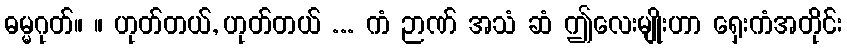
ဓမ္မဂုတ်။ ။ ဟုတ်တယ်, ဟုတ်တယ် ... ကံ ဉာဏ် အသံ ဆံ ဤလေးမျိုးဟာ ရှေးကံအတိုင်း